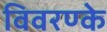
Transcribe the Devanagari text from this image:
विवरण्के